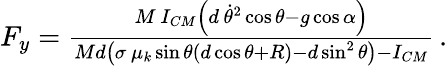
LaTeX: \begin{array}{r}{F_{y}=\frac{M\, I_{CM}\left(d\, \dot{\theta}^{2}\cos\theta-g\cos\alpha\right)}{Md\left(\sigma\, \mu_{k}\sin\theta(d\cos\theta+R)-d\sin^{2}\theta\right)-I_{CM}}\, .}\end{array}